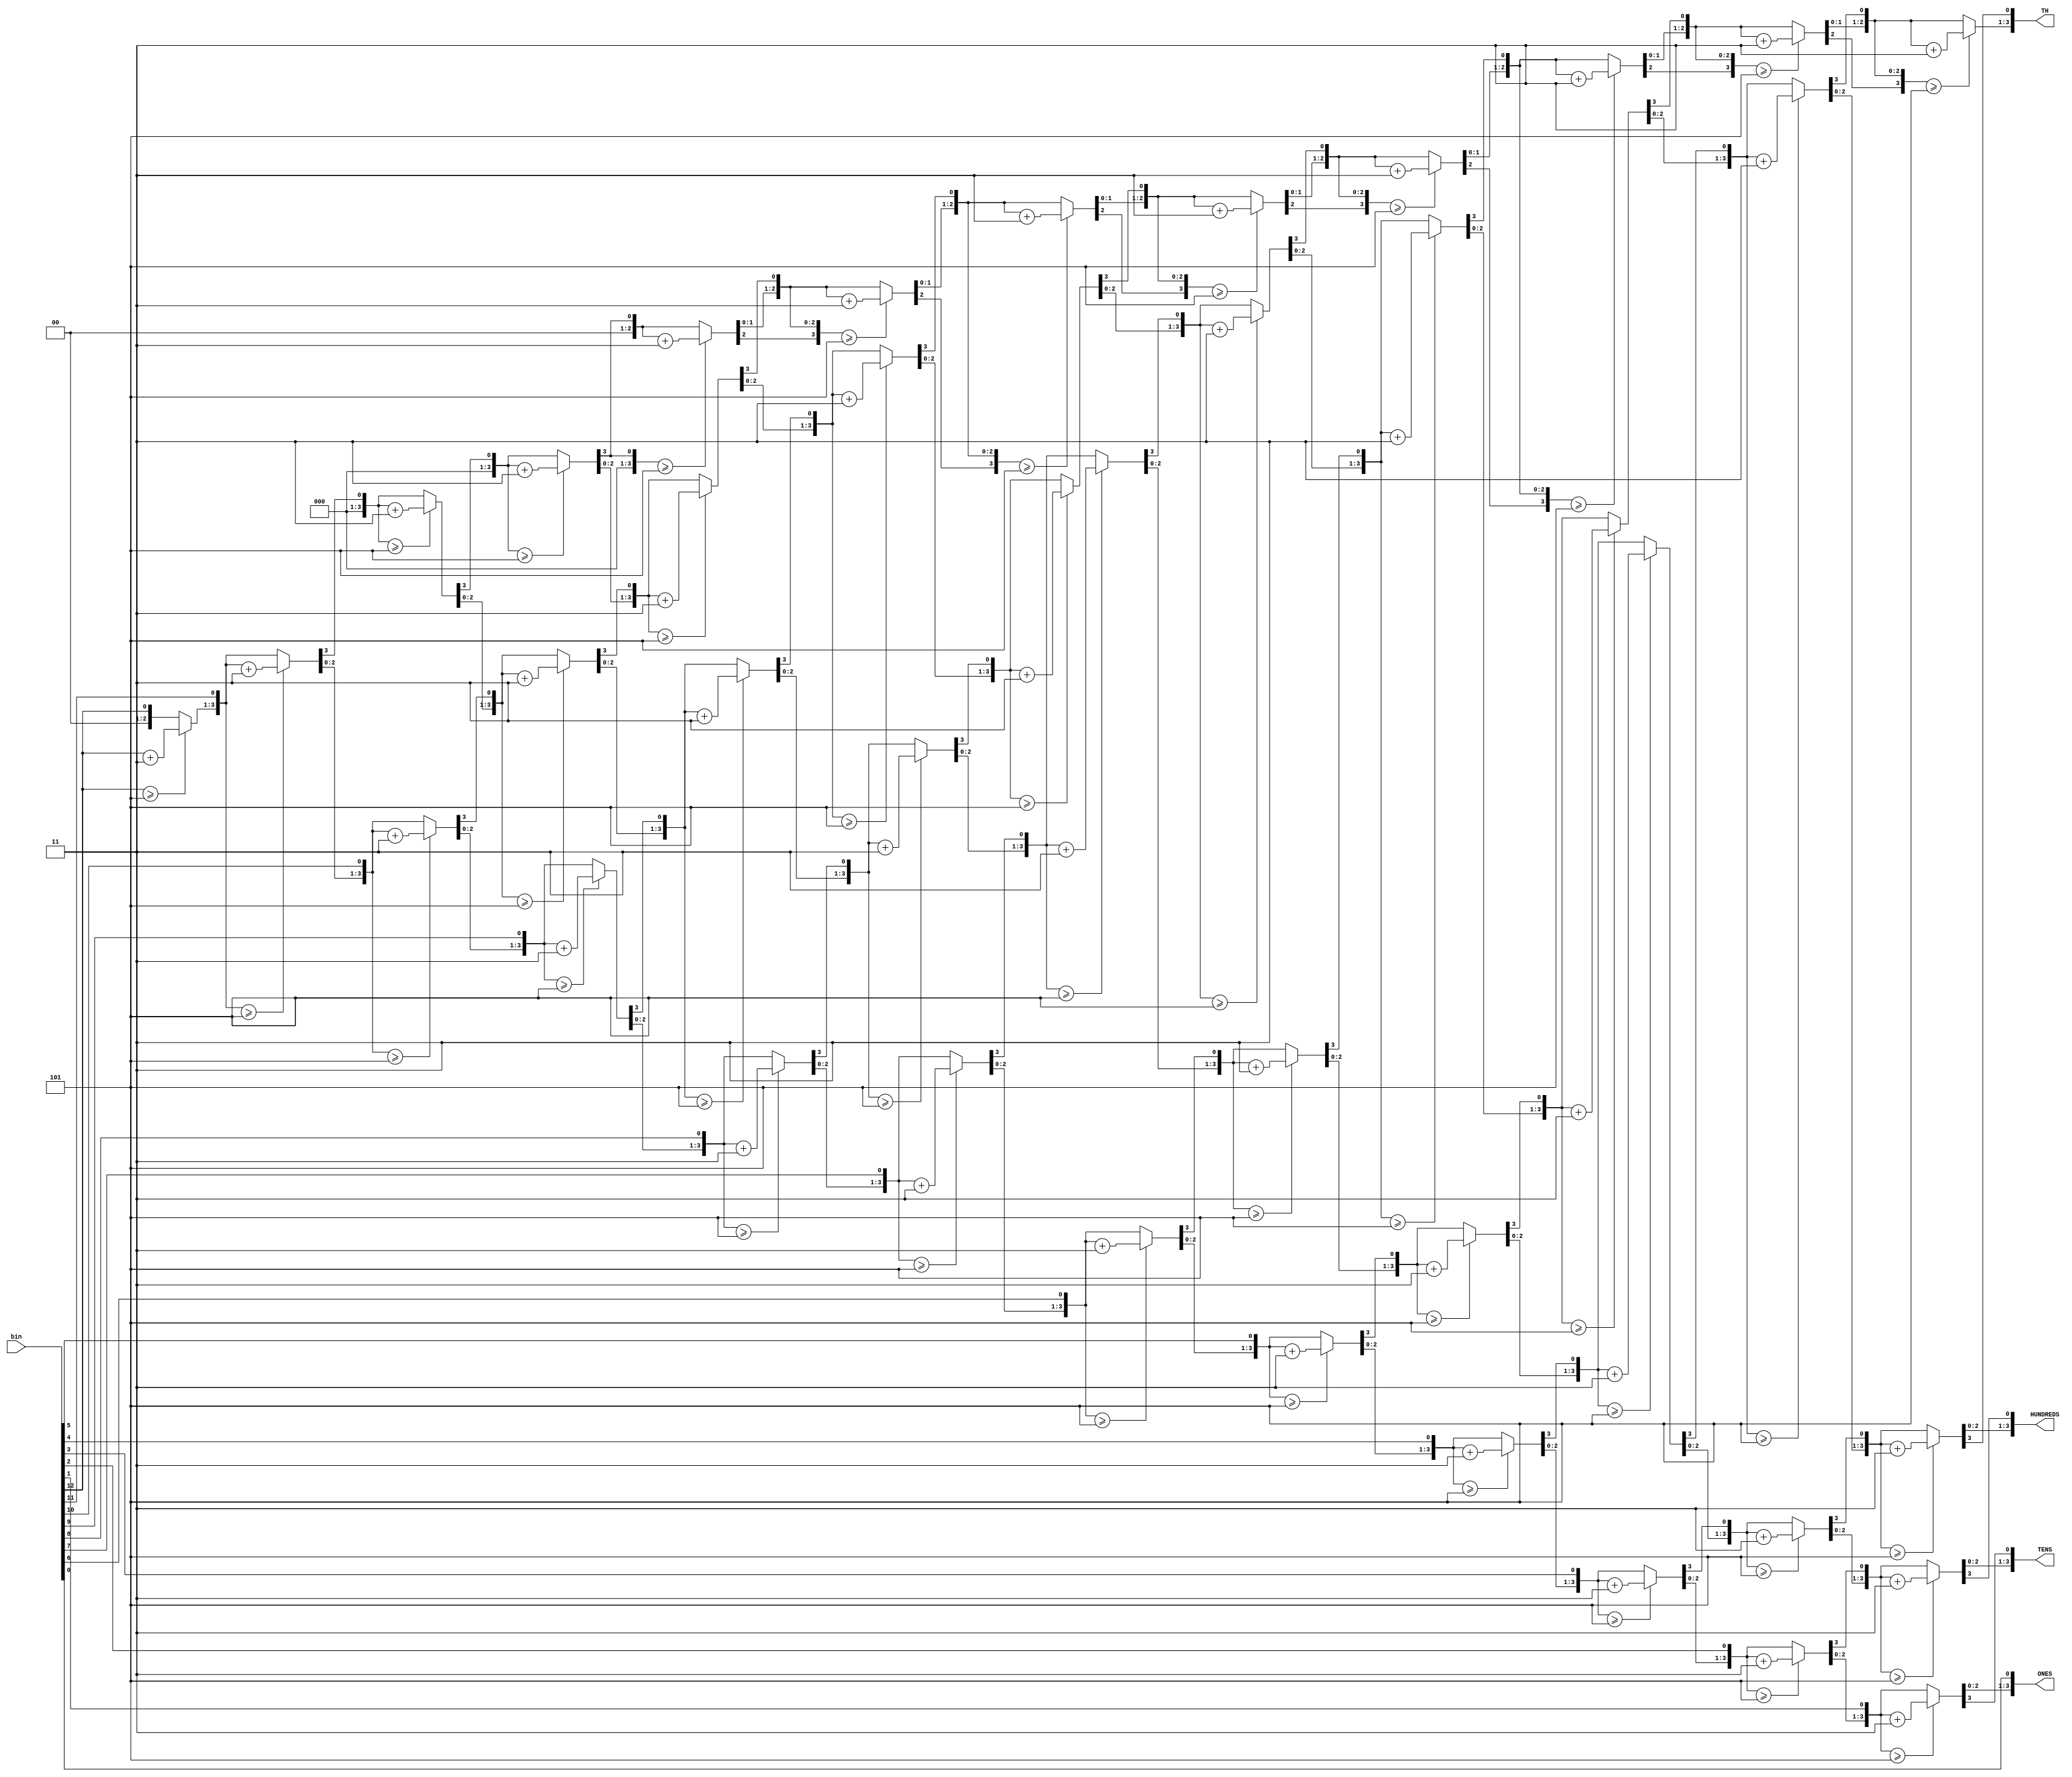
`timescale 1ns / 1ps

module bin_to_bcd(bin,ONES,TENS,HUNDREDS,TH);

input [15:0] bin;
output [3:0] ONES, TENS ,HUNDREDS ,TH;
reg [3:0] ONES, TENS ,HUNDREDS ,TH;
integer i;
always @(bin)
begin
	ONES=0; 
	TENS=0;	
	HUNDREDS=0;
	TH=0;
for(i=12;i>=0;i=i-1) 
begin
	if(TH>=5)
	TH=TH+3;
	if(HUNDREDS>=5)
	HUNDREDS=HUNDREDS+3;
	if(TENS>=5)
	TENS=TENS+3;
	if(ONES>=5)
	ONES =ONES+3;

	
	TH= TH <<1;
	TH[0]= HUNDREDS [3];
	
	HUNDREDS = HUNDREDS<<1;
	HUNDREDS[0] = TENS[3];
	
	TENS = TENS <<1;
	TENS[0] = ONES[3];
	
	ONES = ONES <<1;
	ONES[0] = bin[i];
end //for loop end
end//always end

endmodule